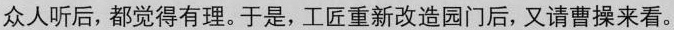
众人听后，都觉得有理。于是，工匠重新改造园门后，又请曹操来看。